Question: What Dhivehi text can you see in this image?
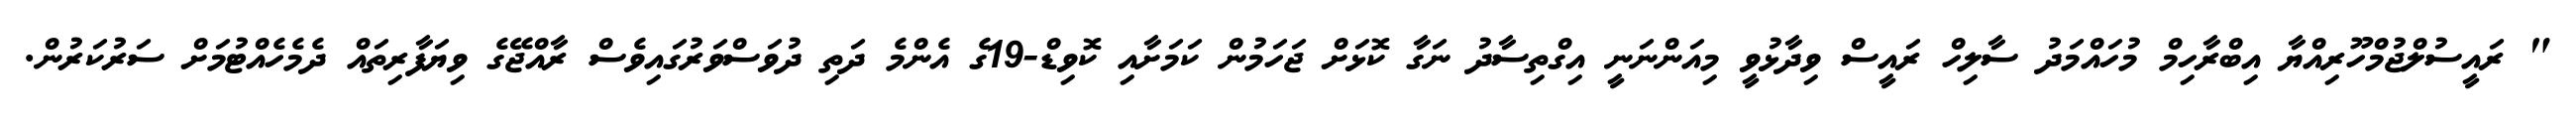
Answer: " ރައީސުލްޖުމްހޫރިއްޔާ އިބްރާހިމް މުހައްމަދު ސާލިހް ރައީސް ވިދާޅުވީ މިއަންނަނީ އިގްތިސާދު ނަގާ ކޮޅަށް ޖަހަމުން ކަމަށާއި ކޮވިޑް-19ގެ އެންމެ ދަތި ދުވަސްވަރުގައިވެސް ރާއްޖޭގެ ވިޔަފާރިތައް ދެމެހެއްޓުމަށް ސަރުކަރުން.